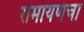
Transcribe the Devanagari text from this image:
रामायणचा